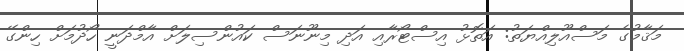
މަޤާމުގެ މަސްއޫލިއްޔަތު: އަތޮޅު އިސްޓޯރާއި އަދި މިނޫނަސް ކައުންސިލަށް އާމްދަނީ ހޯދުމަށް ހިންގޭ